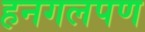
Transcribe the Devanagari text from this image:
हनगलपण